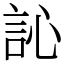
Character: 訫